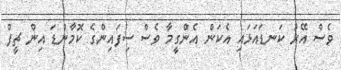
ވެސް އޭރު ކަނޑައަޅައި އެކަން އެންގީމާ ވެސް ސިފައިންގެ ކޮމާންޑަ އިން ޗީފް